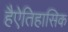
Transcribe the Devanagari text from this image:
हैऐतिहासिक